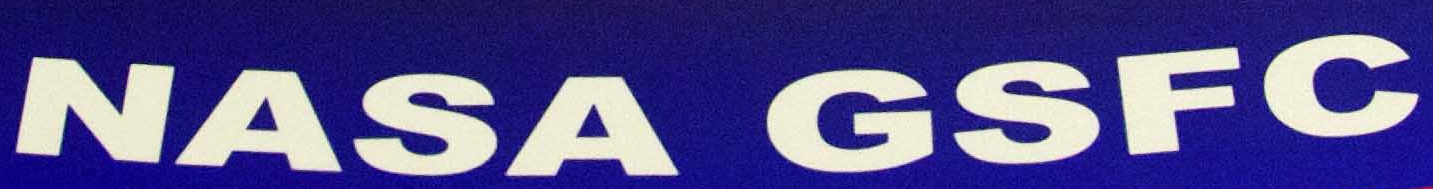
NASA GSFC